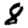
Digit: 8